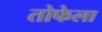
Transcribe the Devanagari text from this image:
तोफेला